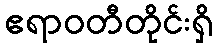
ဧရာဝတီတိုင်းရှိ